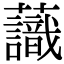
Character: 𧄹